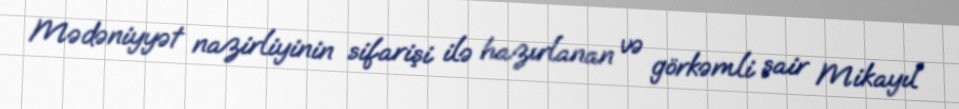
Mədəniyyət nazirliyinin sifarişi ilə hazırlanan və görkəmli şair Mikayıl